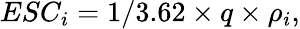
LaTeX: ESC_{i}=1/3.62\times q\times\rho_{i},